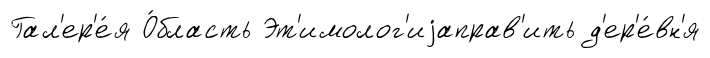
Гал'ер'е́я О́бласть Эт'имолог'иjаправ'ить д'ер'е́вн'я